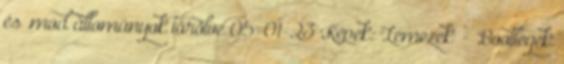
és .mod állományok törölve 05-01-23 Képek: 'Lemezek' - 'Bootlegek'